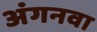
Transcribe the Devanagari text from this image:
अंगनवा